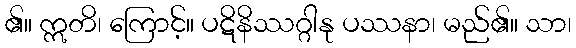
၏။ ဣတိ၊ ကြောင့်။ ပဋိနိဿဂ္ဂါနု ပဿနာ၊ မည်၏။ သာ၊